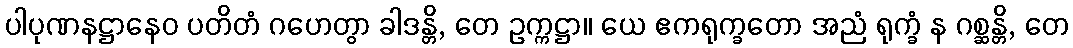
ပါပုဏနဋ္ဌာနေဝ ပတိတံ ဂဟေတွာ ခါဒန္တိ, တေ ဥက္ကဋ္ဌာ။ ယေ ဧကရုက္ခတော အညံ ရုက္ခံ န ဂစ္ဆန္တိ, တေ